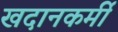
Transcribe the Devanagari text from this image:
खदानकर्मी